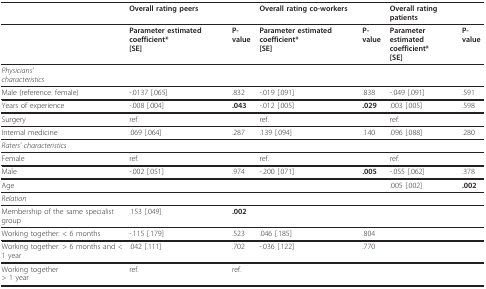
|  | Overall rating peers |  | Overall rating co-workers |  | Overall rating patients |  |
 | --- | --- | --- | --- | --- | --- | --- |
 |  | Parameter estimated coefficient*[SE] | P-value | Parameter estimated coefficient*[SE] | P-value | Parameterestimated coefficient*[SE] | P-value |
 | Physicians'characteristics |  |  |  |  |  |  |
 | Male (reference: female) | -.0137 [.065] | .832 | -.019 [.091] | .838 | -.049 [.091] | .591 |
 | Years of experience | -.008 [.004] | .043 | -.012 [.005] | .029 | .003 [.005] | .598 |
 | Surgery | ref. |  | ref. |  | ref. |  |
 | Internal medicine | .069 [.064] | .287 | .139 [.094] | .140 | .096 [.088] | .280 |
 | Raters' characteristics |  |  |  |  |  |  |
 | Female | ref. |  | ref. |  | ref. |  |
 | Male | -.002 [.051] | .974 | -.200 [.071] | .005 | -.055 [.062] | .378 |
 | Age |  |  |  |  | .005 [.002] | .002 |
 | Relation |  |  |  |  |  |  |
 | Membership of the same specialist group | .153 [.049] | .002 |  |  |  |  |
 | Working together: < 6 months | -.115 [.179] | .523 | .046 [.185] | .804 |  |  |
 | Working together: > 6 months and < 1 year | .042 [.111] | .702 | -.036 [.122] | .770 |  |  |
 | Working together> 1 year | ref. | ref. |  |  |  |  |